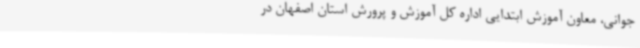
جوانی، معاون آموزش ابتدایی اداره کل آموزش و پرورش استان اصفهان در